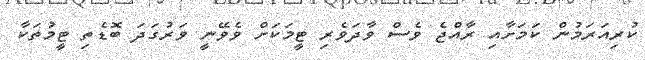
ކުރިއަރަމުން ކަމަށާއި ރާއްޖެ ވެސް ވާދަވެރި ޓީމަކަށް ވެވޭނީ ވަރުގަދަ ބޮޑެތި ޓީމުތަކާ